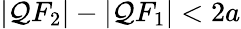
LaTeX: |\mathcal{Q}F_{2}|-|\mathcal{Q}F_{1}|<2a